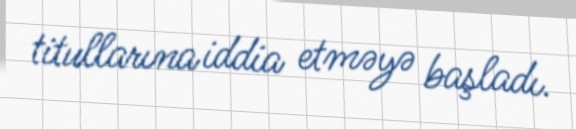
titullarına iddia etməyə başladı.